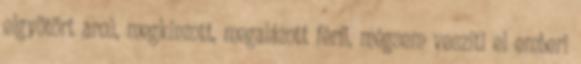
elgyötört arcú, megkínzott, megalázott férfi, mégsem veszíti el emberi